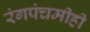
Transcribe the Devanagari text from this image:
रंगपंचमीही